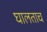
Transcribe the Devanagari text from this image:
घालताच